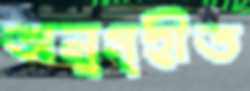
অনুগৃহীত